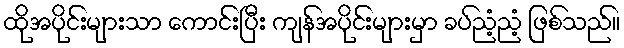
ထိုအပိုင်းများသာ ကောင်းပြီး ကျန်အပိုင်းများမှာ ခပ်ညံ့ညံ့ ဖြစ်သည်။